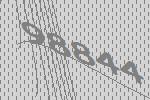
98844